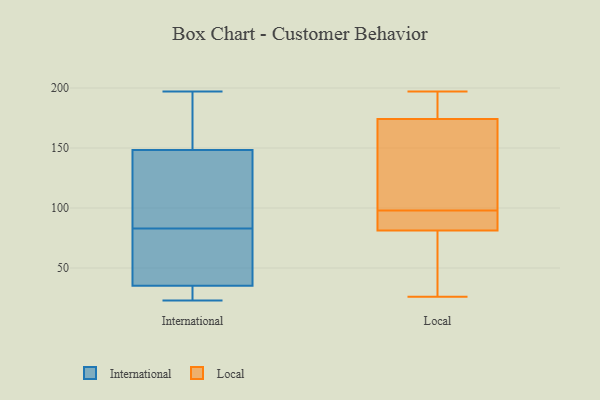
{"axis": {"x": "Shipments", "y": "Value"}, "legend": ["International", "Local"], "data": [{"x": "", "y": 192, "type": "International"}, {"x": "", "y": 82, "type": "International"}, {"x": "", "y": 109, "type": "International"}, {"x": "", "y": 57, "type": "International"}, {"x": "", "y": 34, "type": "International"}, {"x": "", "y": 33, "type": "International"}, {"x": "", "y": 28, "type": "International"}, {"x": "", "y": 39, "type": "International"}, {"x": "", "y": 23, "type": "International"}, {"x": "", "y": 90, "type": "International"}, {"x": "", "y": 78, "type": "International"}, {"x": "", "y": 197, "type": "International"}, {"x": "", "y": 182, "type": "International"}, {"x": "", "y": 115, "type": "International"}, {"x": "", "y": 83, "type": "International"}, {"x": "", "y": 34, "type": "International"}, {"x": "", "y": 152, "type": "International"}, {"x": "", "y": 137, "type": "International"}, {"x": "", "y": 161, "type": "International"}, {"x": "", "y": 153, "type": "Local"}, {"x": "", "y": 81, "type": "Local"}, {"x": "", "y": 194, "type": "Local"}, {"x": "", "y": 197, "type": "Local"}, {"x": "", "y": 71, "type": "Local"}, {"x": "", "y": 96, "type": "Local"}, {"x": "", "y": 179, "type": "Local"}, {"x": "", "y": 82, "type": "Local"}, {"x": "", "y": 26, "type": "Local"}, {"x": "", "y": 160, "type": "Local"}, {"x": "", "y": 98, "type": "Local"}]}